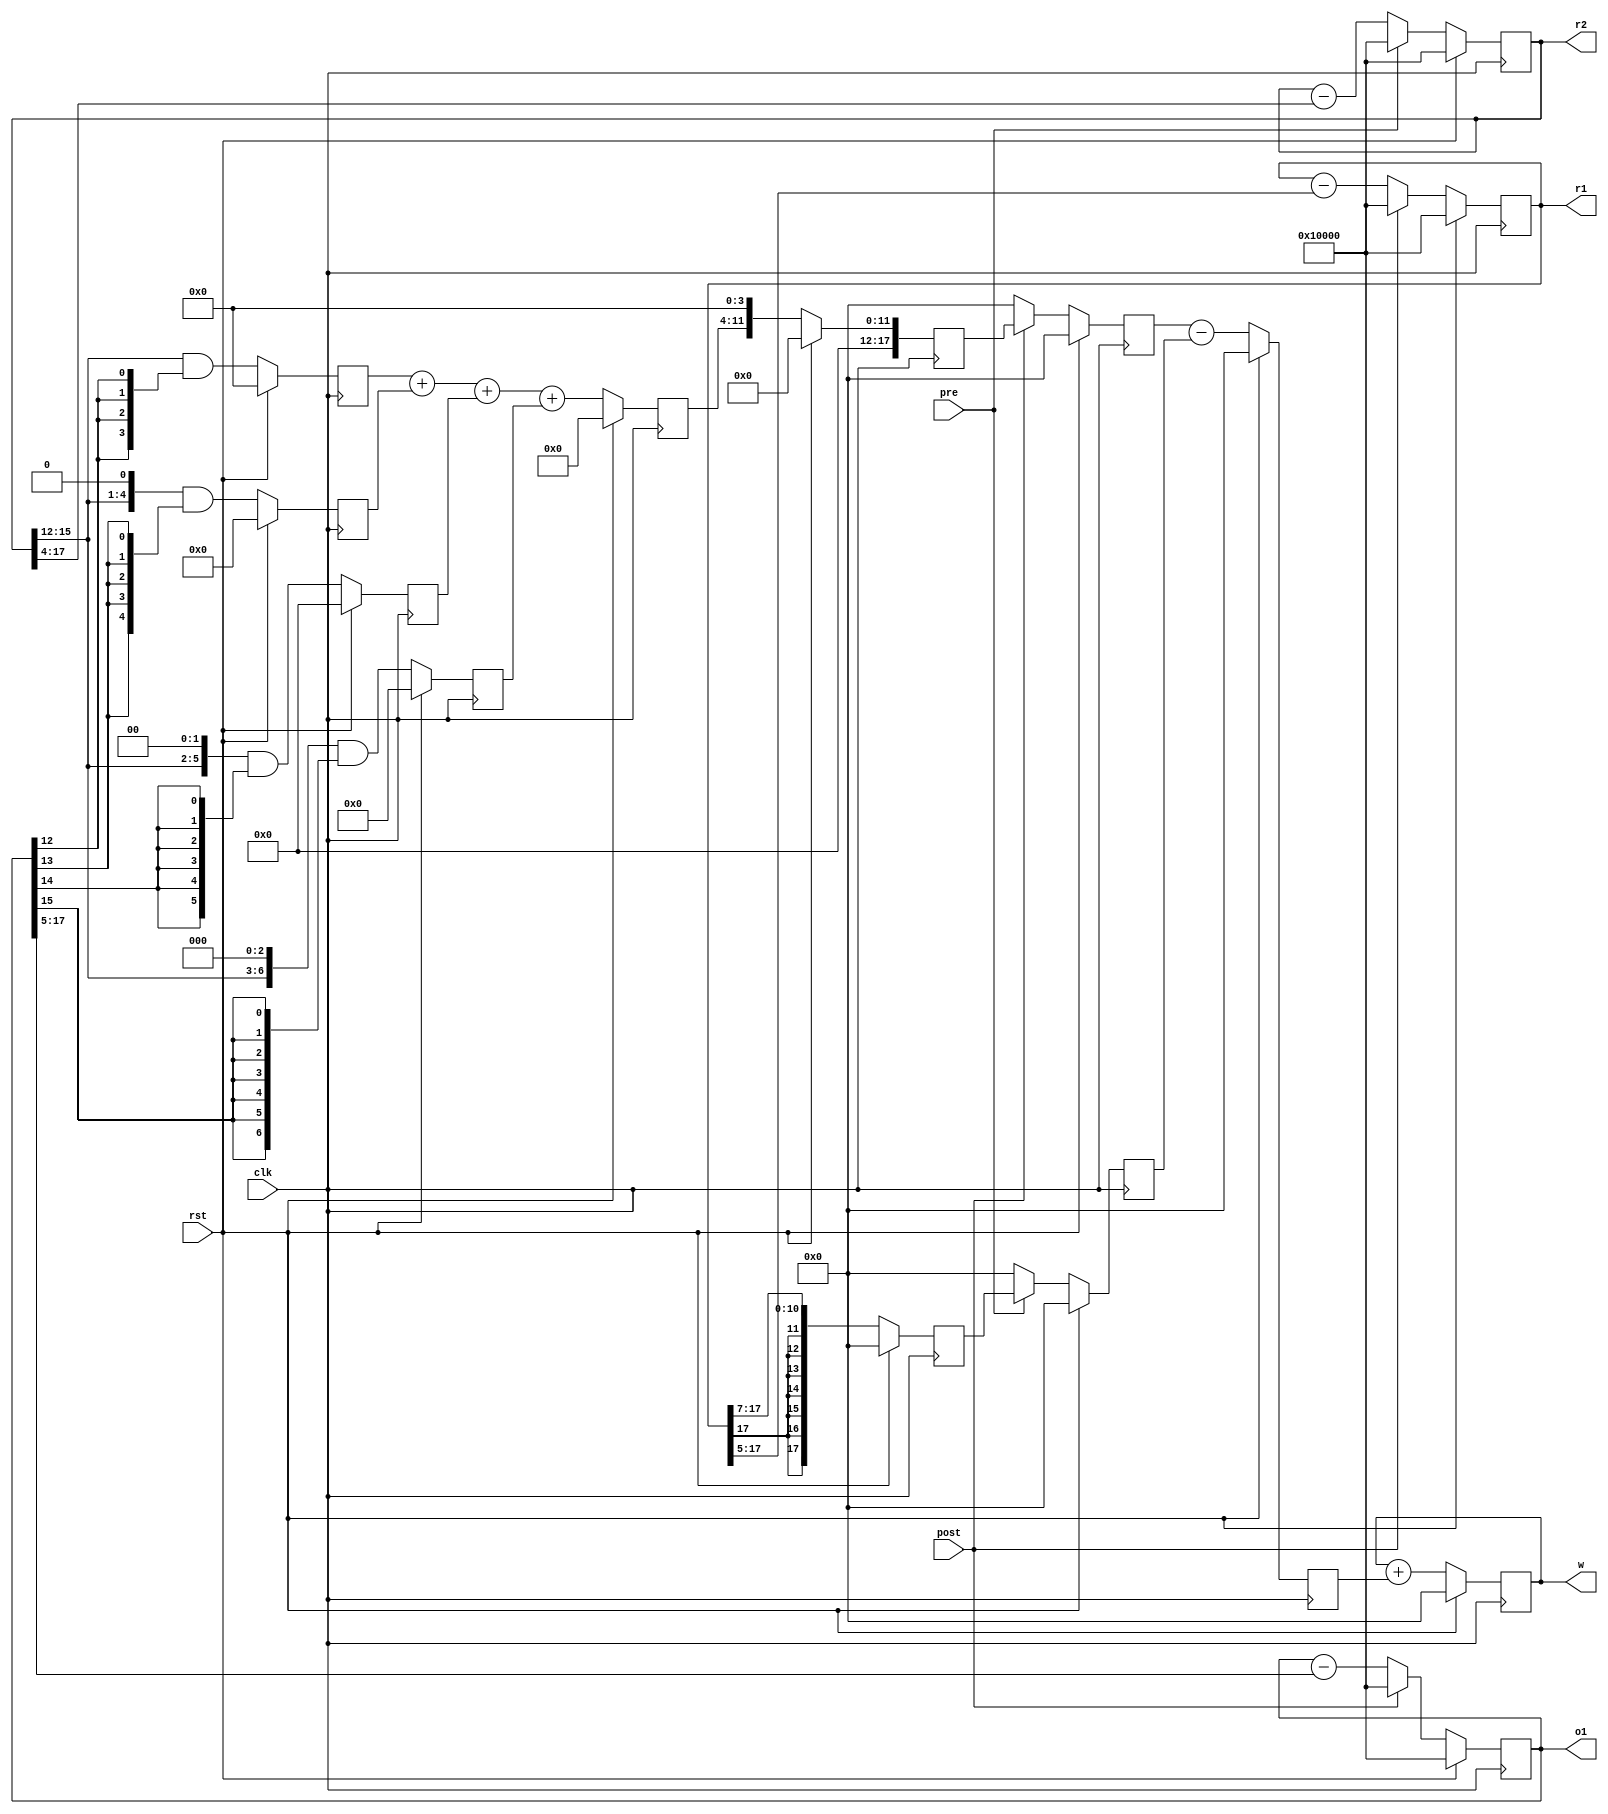
`timescale 1ns / 1ps
//////////////////////////////////////////////////////////////////////////////////
// Company: 
// Engineer: 
// 
// Design Name: 
// Module Name: BCM
// Project Name: 
// Target Devices: 
// Tool Versions: 
// Description: 
// 
// Dependencies: 
// 
// Revision:
// Revision 0.01 - File Created
// Additional Comments:
// 
//////////////////////////////////////////////////////////////////////////////////


module BCM(input clk,rst, input pre,post,output reg signed [17:0]w,r1,r2,o1);//

parameter T_plus = 4; // 16
parameter T_minus = 5; // 32
parameter Ty = 5;
parameter A3_plus = 4;   //  1/16
parameter A2_minus = 7; //   1/128
/// the equations to be implemented 
////   dw1 = o1(t)*A3_minus*r2(t-e);  if t = t_pre 
////   dw2 = r1(t)*A2__plus ;    if t = t_post


reg  signed [17:0] dw;

////////////// REG FOR PIPELINING ///////////////   132 reg
reg  signed [17:0] dw1,dw2,dw_mux1,dw_mux2; // 72 REG
reg  [3:0] r2xo1_mux1;           // 8 REG
reg  [4:0] r2xo1_mux2;           // 10 REG
reg  [5:0] r2xo1_mux3;           // 12 REG
reg  [6:0] r2xo1_mux4;           // 14 REG
reg  [7:0] r2xo1_4;                 // 16 REG 
///////////////////////////////////////////////////

wire signed [17:0] r1_mux,r2_mux,o1_mux;
wire signed [17:0] r2xo1;
wire [5:0] r2xo1_add1;
wire [6:0] r2xo1_add2;
wire [7:0] r2xo1_add3;
wire  [3:0] wire_r2xo1_mux1;           // 8 REG
wire  [4:0] wire_r2xo1_mux2;           // 10 REG
wire  [5:0] wire_r2xo1_mux3;           // 12 REG
wire  [6:0] wire_r2xo1_mux4;           // 14 REG

always@(posedge clk) begin 

if(rst) begin
 
 w <= 18'sh0_0000;
 r1 <= 18'sh1_0000;
 r2 <= 18'sh1_0000;
 o1 <= 18'sh1_0000; 
 dw1 <= 18'sh0_0000;
 dw2 <= 18'sh0_0000;
 dw_mux1 <= 18'sh0_0000;
 dw_mux2 <= 18'sh0_0000;
 dw <= 18'sh0_0000; 
 r2xo1_mux1 <= 0;
 r2xo1_mux2 <= 0;
 r2xo1_mux3 <= 0;
 r2xo1_mux4 <= 0;
 r2xo1_4 <= 0;

 end
else begin 
// update exponcial variables
r1 <= r1_mux;
r2 <= r2_mux;
o1 <= o1_mux;

////////...........................  PIPELINE 1 .........................////////////

// mux output mult4 r2xo1               
r2xo1_mux1 <= wire_r2xo1_mux1;
r2xo1_mux2 <= wire_r2xo1_mux2;
r2xo1_mux3 <= wire_r2xo1_mux3;
r2xo1_mux4 <= wire_r2xo1_mux4;

////////...........................  PIPELINE 2 .........................////////////
// mult1 adder 2
r2xo1_4 <= r2xo1_add3;

////////...........................  PIPELINE 3 .........................////////////
dw1 <= (r2xo1>>>A3_plus);
dw2 <= (r1>>>A2_minus);

////////...........................  PIPELINE 4 .........................////////////
dw_mux1 <= (post)?dw1:18'sh0_0000;
dw_mux2 <= (pre)?dw2:18'sh0_0000;

////////...........................  PIPELINE 5 .........................////////////
dw <= dw_mux1 - dw_mux2;

////////...........................  PIPELINE 6 .........................////////////
w <= w + dw;
     end
end 

assign r1_mux = (post)? 18'sh1_0000:(r1 - (r1>>>T_minus));
assign r2_mux = (pre)? 18'sh1_0000:(r2 - (r2>>>T_plus));
assign o1_mux = (post)? 18'sh1_0000:(o1 - (o1>>>Ty));

assign wire_r2xo1_mux1 = r2[15:12]&{o1[12],o1[12],o1[12],o1[12]};
assign wire_r2xo1_mux2 = ({1'b0,r2[15:12]}<<1)&{o1[13],o1[13],o1[13],o1[13],o1[13]};  
assign wire_r2xo1_mux3 = ({2'b0,r2[15:12]}<<2)&{o1[14],o1[14],o1[14],o1[14],o1[14],o1[14]};
assign wire_r2xo1_mux4 = ({3'b0,r2[15:12]}<<3)&{o1[15],o1[15],o1[15],o1[15],o1[15],o1[15],o1[15]};



/// mult adder 1
assign r2xo1_add1 = {1'b0,r2xo1_mux1} + r2xo1_mux2;
assign r2xo1_add2 = r2xo1_add1 + r2xo1_mux3;
assign r2xo1_add3 = r2xo1_add2 + r2xo1_mux4;

  // mult output wire with addpending 0's at integer part and at least signifient 8 bits
assign r2xo1 = {2'b00,r2xo1_4,8'b0};


endmodule